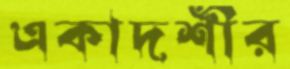
একাদশীর